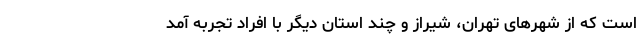
است که از شهرهای تهران، شیراز و چند استان دیگر با افراد تجربه آمد